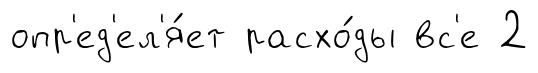
опр'ед'ел'я́ет расхо́ды вс'е 2